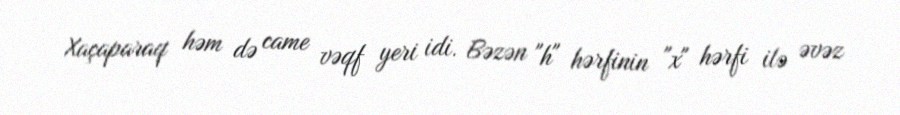
Xaçaparaq həm də came vəqf yeri idi. Bəzən "h" hərfinin "x" hərfi ilə əvəz